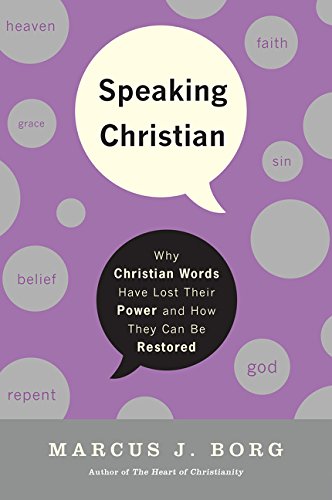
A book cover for Speaking Christian: Why Christian Words Have Lost Their Meaning and PowerAnd How They Can Be Restored; Marcus J. Borg; Christian Books & Bibles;